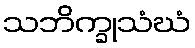
သဘိက္ခုသံဃံ